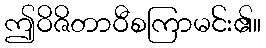
ဤဝိဇိတာဝီစကြာမင်း၏။